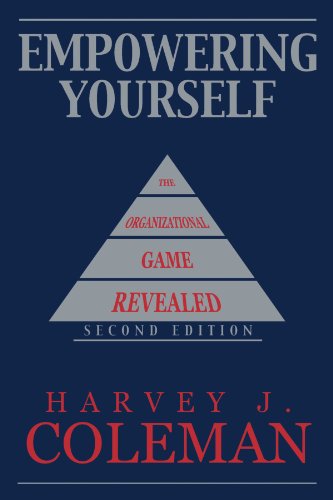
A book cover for Empowering Yourself: The Organizational Game Revealed; Harvey J Coleman; Business & Money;